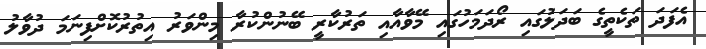
އެފަދަ ތަކެތީގެ ބަދަލުގައި ރޯދަމަހުގައި މޭވާއާއި ތަރުކާރީ ބޭނުންކުރާ މިންވަރު އިތުރުކޮށްފިނަމަ ދުވާލު